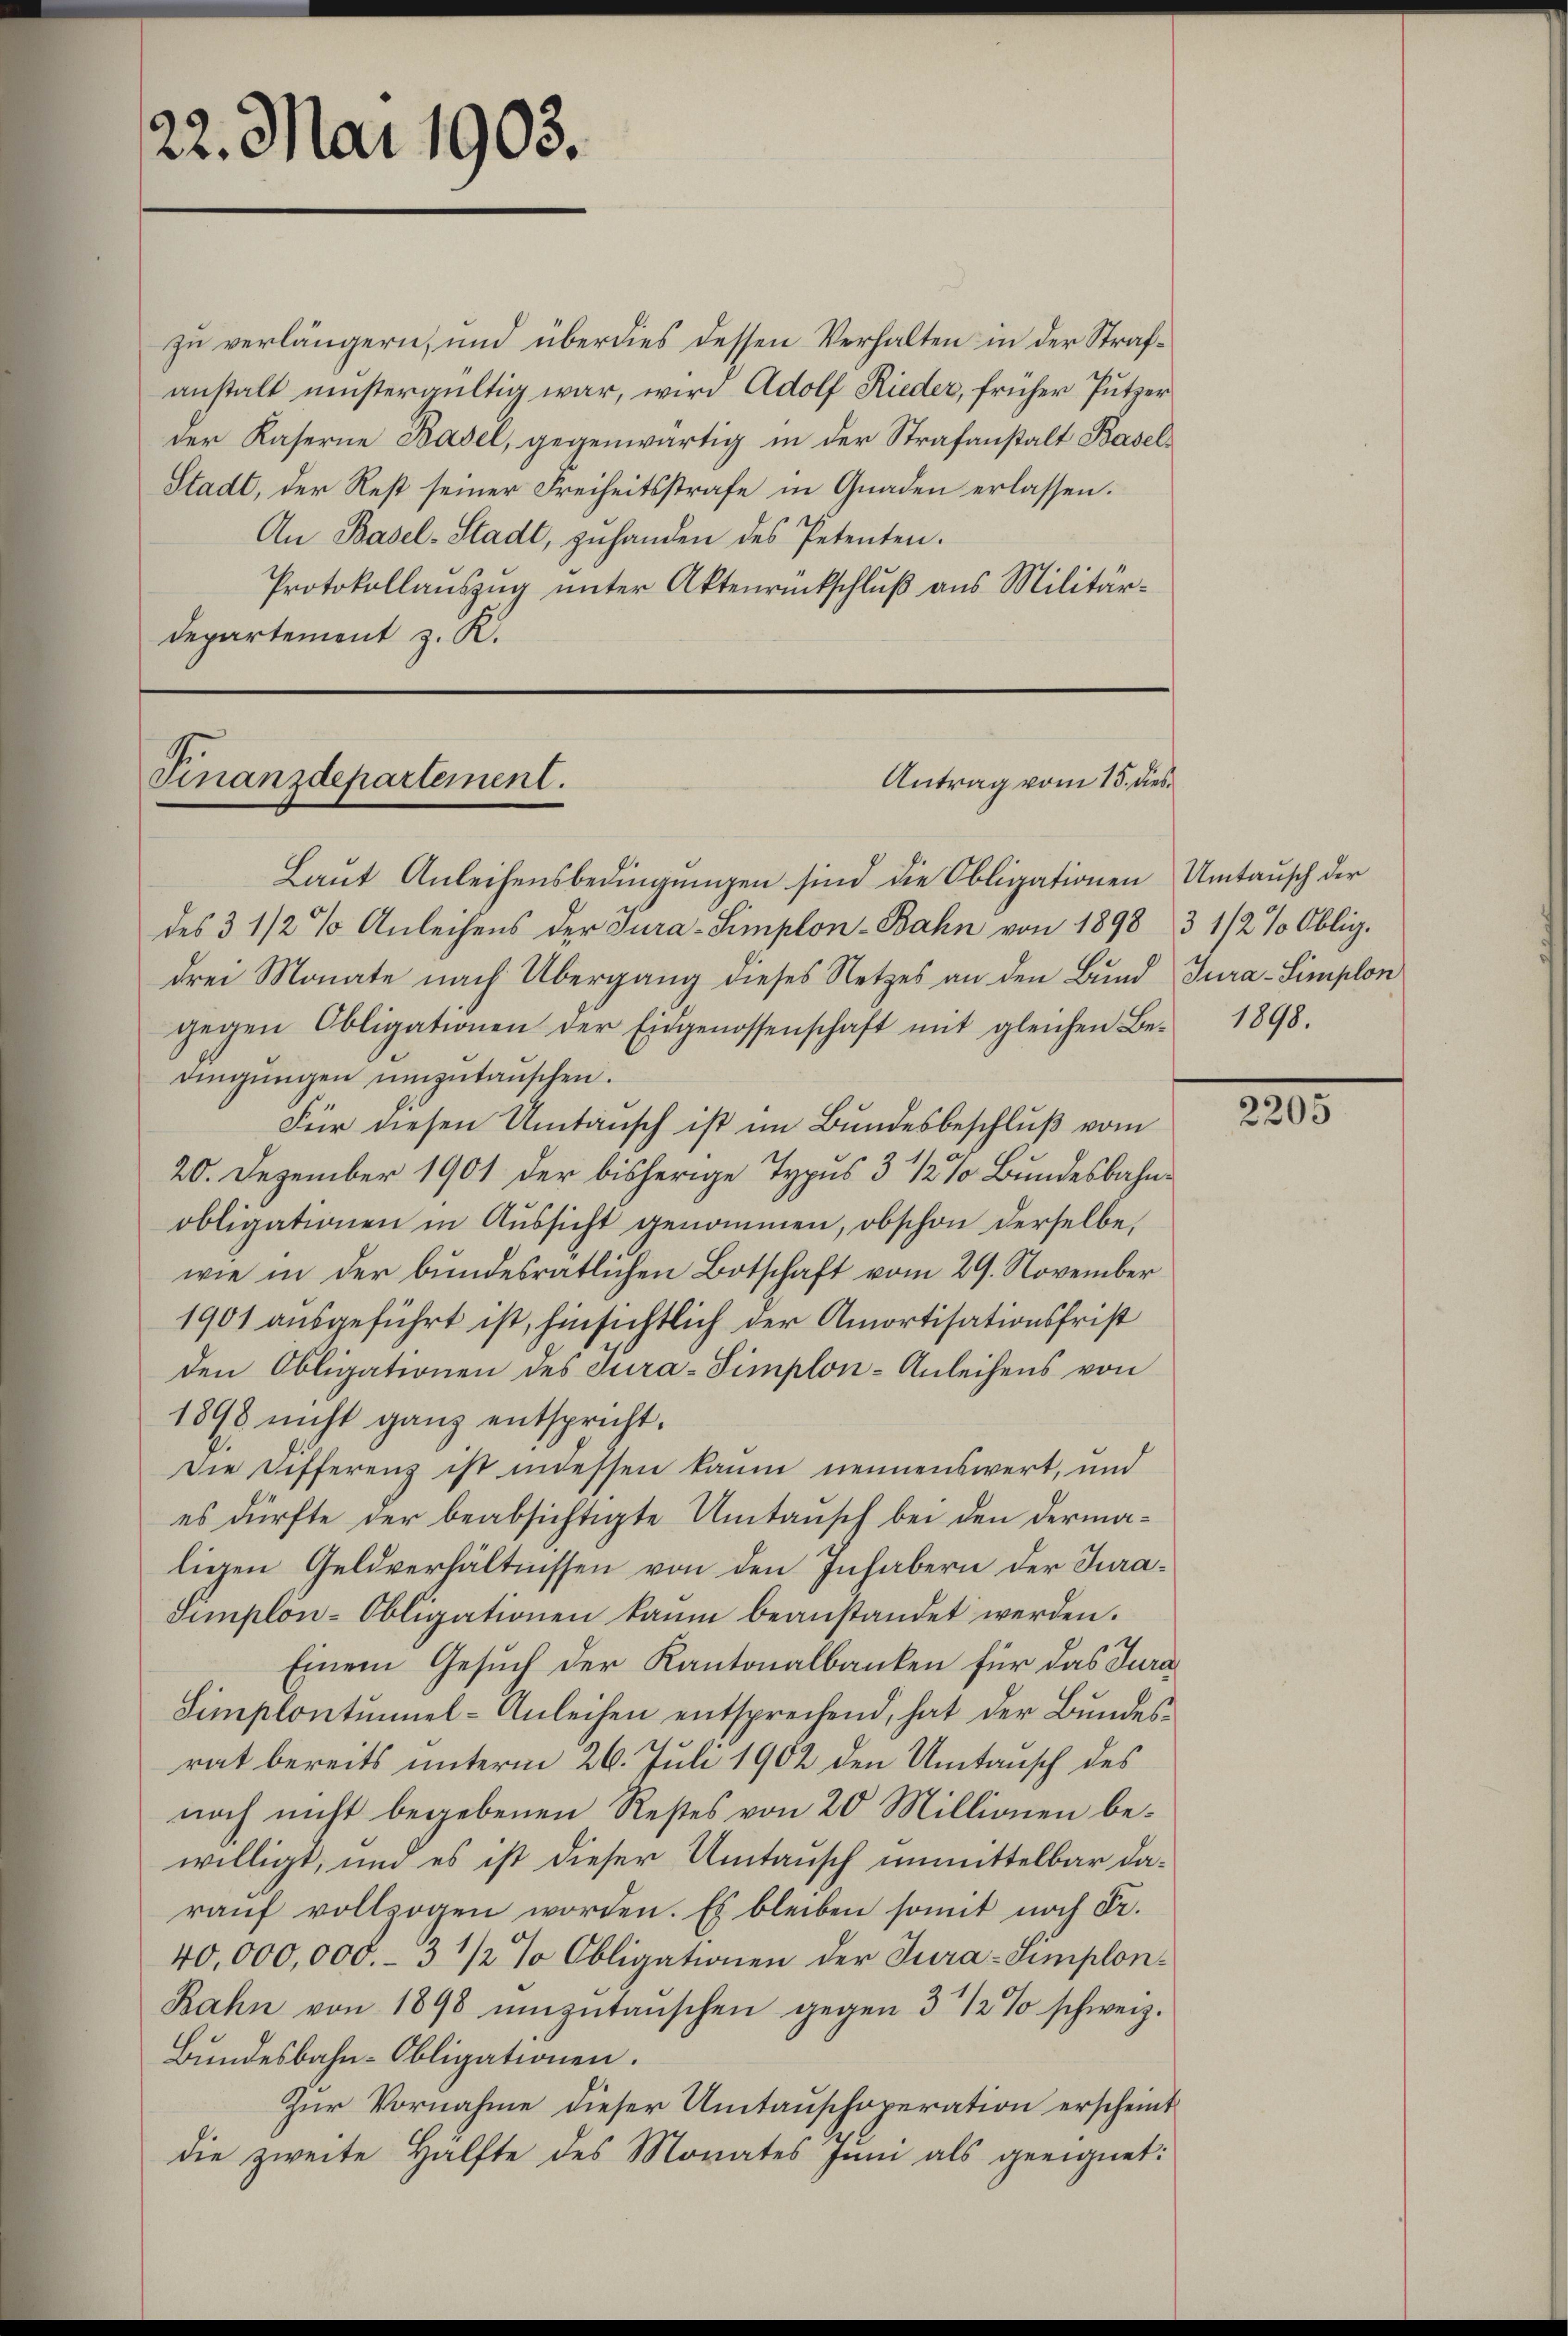
zu verlängern, und überdies dessen Verhalten in der Strafanstalt mistergültig war, wird Adolf Rieder, früher Putzer
der Kaserne Basel, gegenwärtig in der Strafanstalt Basel¬
Stadt, der Rest seiner Freiheitsstrafe in Gnaden erlassen.
An Basel-Stadt, zŭhanden des Petenten.
Protokollauszug unter Aktenrückschluß aus Militär¬
Departement z. R.

22. Mai 1903.

Laut Anleihensbedingungen sind die Obligationen Umtausch der
des 3 1/2 % Anleihens der Tura-Simplon-Bahn von 1898 3 1/2 % Oblig.
drei Monate nach Übergang dieses Netzes an den Bund Jura-Simplon
gegen Obligationen der Eingenossenschaft mit gleichen Be-
dingungen umzutauschen.
Für diesen Umtausch ist im Bundesbeschluß vom
20. Dezember 1901 der bisherige Typus 3 1/2% Bundesbahnobligationen in Aŭssicht genommen, obschon derselbe,
wie in der bundesratlichen Botschaft vom 29. November
1901 ausgeführt ist, hinsichtlich der Amortisationsfrist
den Obligationen des Jura-Simplon-Anleihens von
1898 nicht ganz entspricht.
Die Differenz ist indessen kaum nennenswert, und
es dürfte der beabsichtigte Umtausch bei den dermaligen Geldverhältnissen von den Inhabern der Jura¬
Simplon-Obligationen kaum beanstandet werden.
Einem Gesuch der Kantonalbanken für das Jura
Simplontŭmel-Anleihen entsprechend, hat der Bŭndes-
rat bereits unterm 26. Juli 1902 den Umtausch des
noch nicht begebenen Restes von 20 Millionen bewilligt, und es ist dieser Umtausch unmittelbar daraŭf vollzogen worden. Es bleiben somit noch Fr.
40,000,000.- 3 1/2 % Obligationen der Jura-Simplon¬
Rahn von 1898 ŭmzŭtaŭschen gegen 3 1/2 % schweiz.
Bundesbahn-Obligationen.
Zur Vornahme dieser Umtauschoperation erscheint
die zweite Hälfte des Monates Juni als geeignet:

Finanzdepartement.

Antrag vom 15. dies

1898.

2205